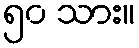
၅၀ သား။